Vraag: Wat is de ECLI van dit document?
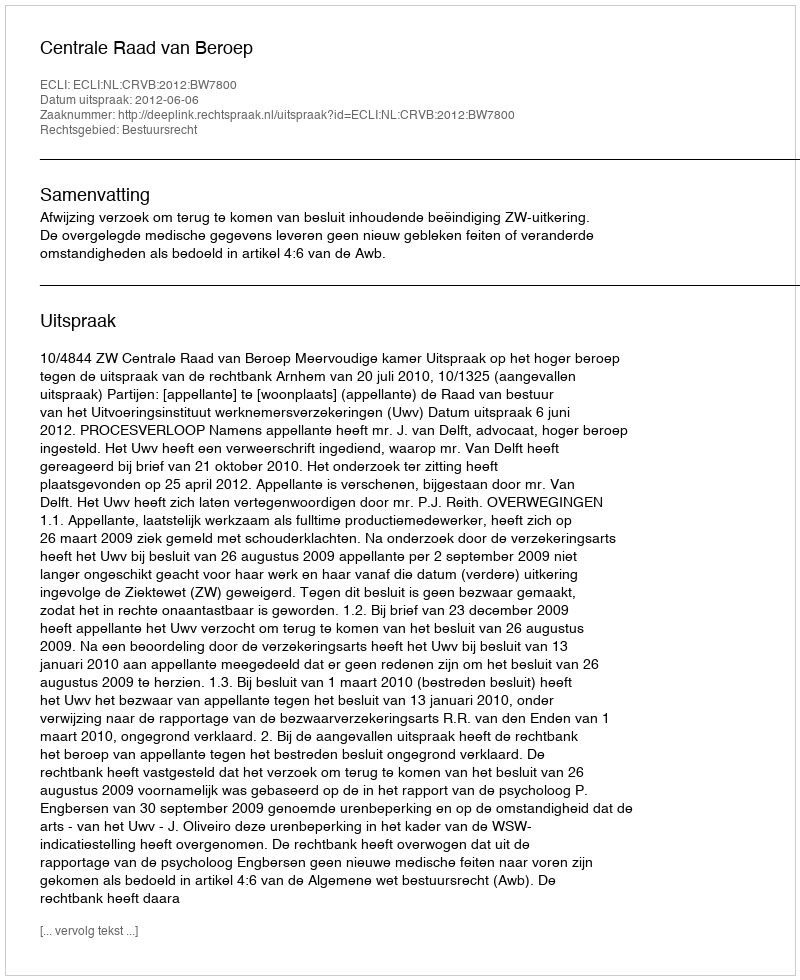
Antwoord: ECLI:NL:CRVB:2012:BW7800